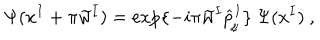
\Psi ( x ^ { I } + \pi \widetilde { w } ^ { I } ) = \exp \{ - i \pi \widetilde { w } ^ { I } \widehat { p } _ { _ { \! / \! / } } ^ { I } \} \ \Psi ( x ^ { I } ) \ ,